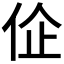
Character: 𬽾